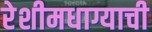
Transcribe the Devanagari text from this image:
रेशीमधाग्याची